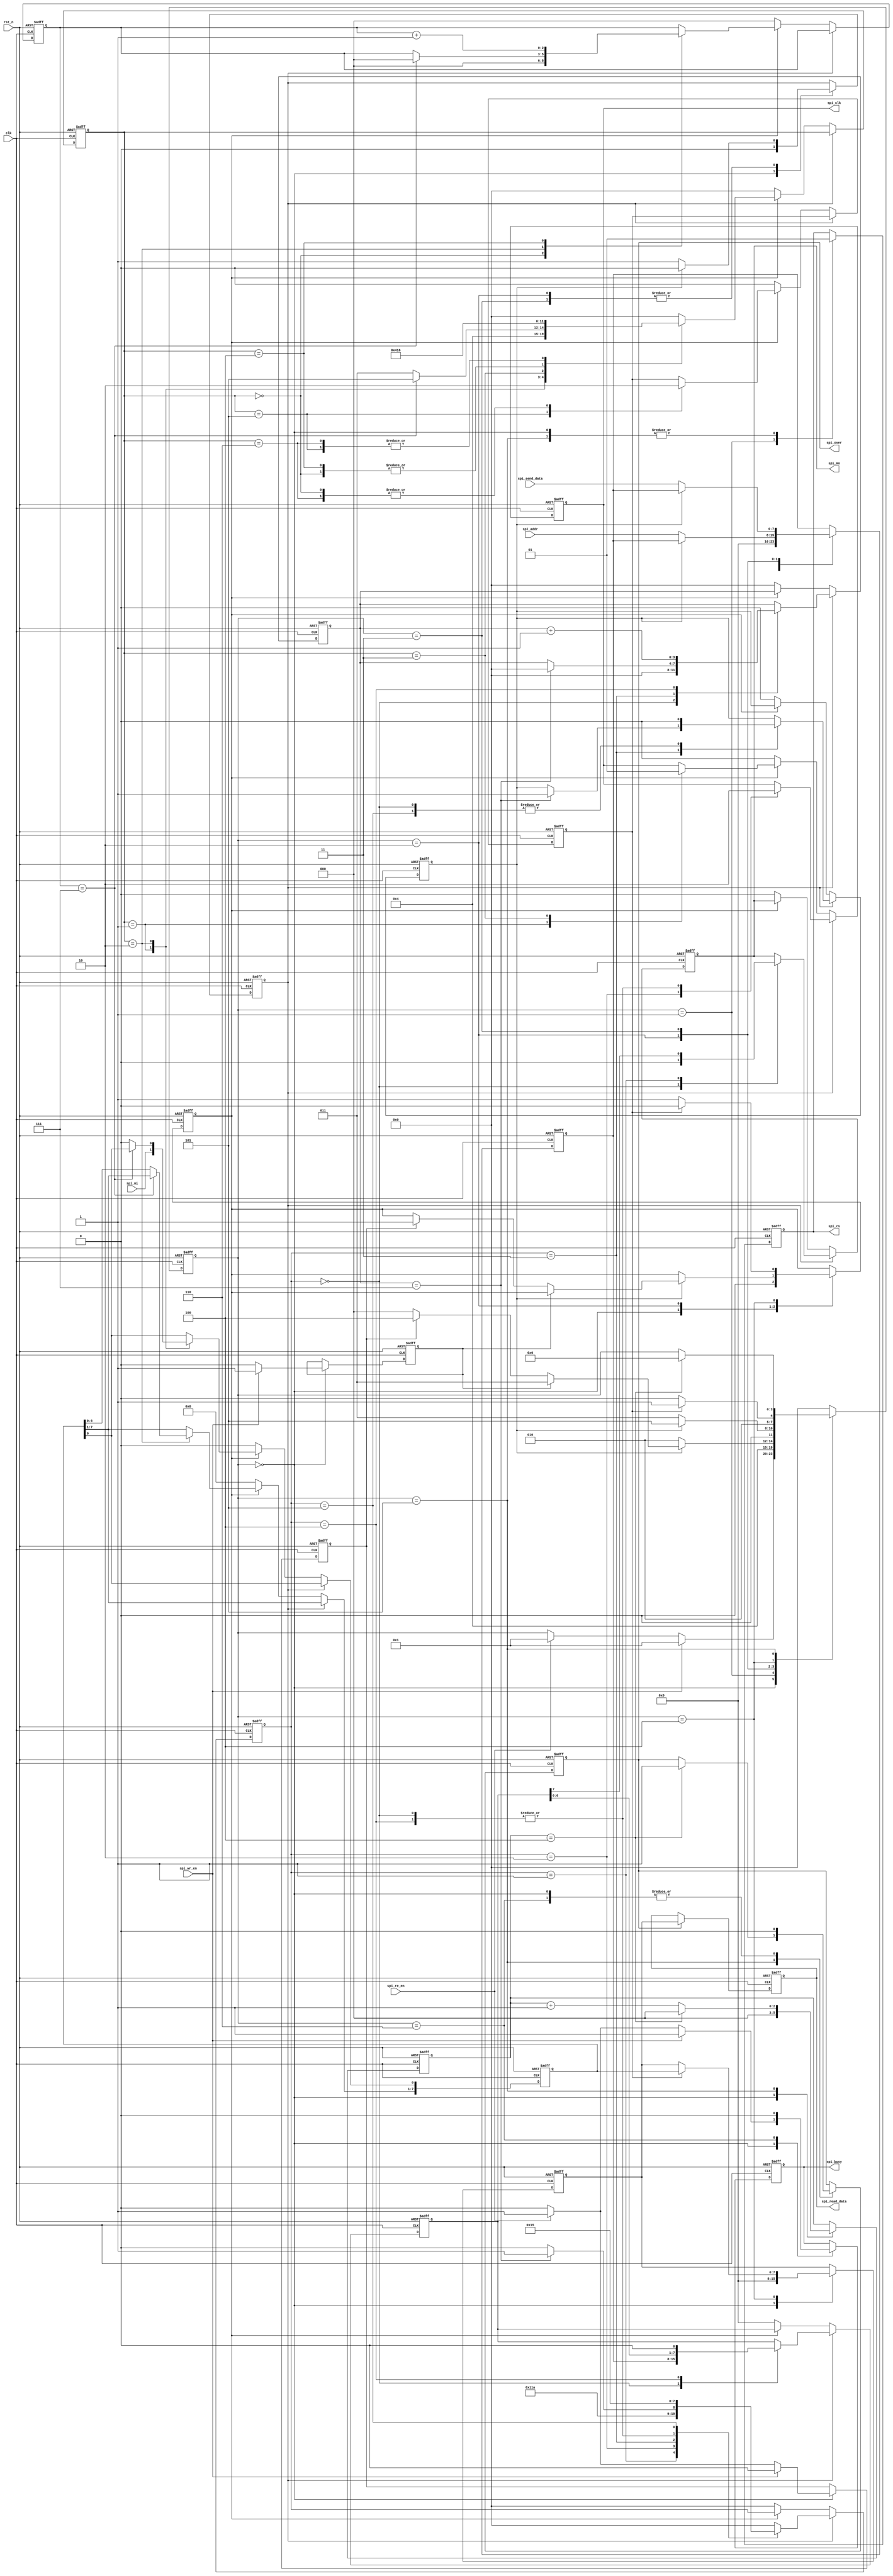
/********************************Copyright**************************************                           
    **----------------------------File information--------------------------
    ** Funtions   : SPI15
                   
    ** Operate on :M5C06N3L114C7
    ** Copyright  :All rights reserved. 
    ** Version    :V1.0
    **---------------------------Modify the file information----------------
    ** Modified by   :
    ** Modified data :        
    ** Modify Content:
    *******************************************************************************/
     

    module  spi_writeread (
                                             clk,
                                             rst_n,
                                             spi_re_en,
                                             spi_wr_en,
                                             spi_addr,
                                             spi_send_data,
                                             spi_read_data,
                                             
                                             spi_cs,
                                             spi_clk,
                                             spi_mi,
                                             spi_mo,
                                             spi_busy,
                                             spi_over                                         
                                                 );
     input          clk;
     input          rst_n;
     input          spi_re_en;    //
     input          spi_wr_en;    //
     input  [7:0]   spi_addr;     //
     input  [7:0]   spi_send_data;  //

     output         spi_cs;    //
     output         spi_clk;   //
     input          spi_mi;    //
     output         spi_mo;    //
     output   reg        spi_over;   //spi
     output   reg [7:0]  spi_read_data;  //spi
     output   reg        spi_busy;      //spi

     reg        temp_cs;
     reg        temp_scl;
     reg        temp_mo;

     assign  spi_cs = temp_cs;
     assign  spi_clk = temp_scl;
     assign  spi_mo = temp_mo;


    reg             sendbit_over;   //
    reg             resbit_over;    //
    reg    [7:0]    res_data;       //

    //**********************************************
     parameter   cnt_delay = 4;   //CS
     reg    [3:0]    state;              //
     reg    [7:0]    send_data;         //
     reg    [7:0]    read_data;          //
     reg    [2:0]    delay;             //
     reg             wr_flag;           //
     reg             re_flag;           //
     reg             send_en;
     reg             resive_en;
     
     always @(posedge clk or negedge rst_n)
     begin
        if(!rst_n)
         begin
                 temp_cs <= 1;                 
         
             state <= 4'd0;
             send_data <= 8'd0;    
             read_data <= 8'd0;
             delay <= 0;
             wr_flag <= 0;
             re_flag <= 0;
             spi_busy <= 0;
                 spi_over <= 0;
             resive_en <= 0;
             send_en <=0;
            end
        else 
            begin
                case(state)
                 4'd0:
                     begin
                             delay <= 0;
                             temp_cs <= 1;
                             send_data <= 8'd0;
                             read_data <= 8'd0;
                             wr_flag <= 0;
                             re_flag <= 0;
                             spi_busy <= 0;
                             spi_over <= 0;
                             resive_en <= 0;
                             send_en <=0;
                             if(spi_wr_en)       //
                                    begin
                                        spi_busy <=1;
                                        state <= 4'd1;
                                        wr_flag <= 1;   //
                                    end
                                else if(spi_re_en)
                                 begin
                                        spi_busy <=1; 
                                        state <= 4'd1;
                                        re_flag <= 1;  //
                                    end
                            end
                    4'd1:                     
                        begin
                             temp_cs <= 0;       //cs
                             state <= 4'd2;    
                            end
                 4'd2:                  //
                     begin        
                         if(sendbit_over)
                             begin
                                    send_en <=0; 
                                    if(wr_flag) 
                                     begin
                                        state <= 4'd3;     
                                     end
                                    else if(re_flag)
                                     begin
                                        state <= 4'd4;     
                                        resive_en <=1;      /*  */                                    
                                     end    
                                    else 
                                     begin
                                        state <= 4'd0;                                        
                                     end
                                end
                            else
                                begin
                                    send_data <= spi_addr;   //                     
                                    state <= 4'd2;    
                                    send_en <=1;      
                                end        
                     end
                4'd3:
                     begin
                             if(sendbit_over)
                             begin
                                    state <= 4'd5;     
                                    send_en <=0;  
                                end
                            else
                                begin
                                    send_data <= spi_send_data;   //                     
                                    state <= 4'd3;    
                                    send_en <=1;      
                                end         
                        end
                    4'd4:
                        begin
                            if(resbit_over)
                             begin
                                    state <= 4'd5;     
                                    resive_en <=0;
                                    read_data <= res_data; 
                                end
                            else
                                begin                                                 
                                    state <= 4'd4;    
                                    resive_en <=1;      
                                end         
                        end
                        4'd5:
                             begin
                                    temp_cs <= 1;
                                 if(delay == cnt_delay)
                                    begin
                                        state <= 4'd6;
                                        delay <= 0;
                                        spi_over <= 1; 
                                     end
                                    else 
                                        delay <= delay + 1;
                                    end
                            4'd6:
                                begin
                                    spi_over <= 0; 
                                    spi_busy <= 0;
                                    state <= 4'd0;
                                    end
                 default :  state <= 4'd0;                     
             endcase
         end
    end

    always @(posedge clk or negedge rst_n)
     begin
        if(!rst_n)
         begin
             spi_read_data <= 8'd0;
            end
        else 
            begin
                if(spi_over)
                    spi_read_data <= read_data;
                else 
                    spi_read_data <= spi_read_data;
            end
        end                 
     

    //********************************
    reg    [3:0]   send_state;
    reg    [7:0]   shift_data;
    reg    [3:0]   send_num;

    reg    [3:0]    resive_state;
    reg    [2:0]    res_num;


    always @(posedge clk or negedge rst_n)
     begin
        if(!rst_n)
         begin
                temp_scl <= 0;             //0
                temp_mo  <= 0;
                
                shift_data <= 0;
                send_num <= 0;

                send_state<= 0;
                sendbit_over <= 0;
                
                resive_state <= 0;
                res_data <= 8'd0;
                res_num <= 0;
                resbit_over <= 0;
                
            end
        else if(send_en)
            begin
             case(send_state)
                4'd0:
                     begin    
                             temp_scl <= 0;
                             temp_mo <= 0;
                             send_num <= 4'd0;
                             shift_data <= send_data; 
                             send_state <= 4'd1;
                             sendbit_over <= 0;
                            end
                4'd1:
                     begin
                        temp_mo <=  shift_data[7] ;    /*  */          
                        send_state <= 4'd2;                              
                    end
                4'd2:
                    begin
                        temp_scl <= 1;                                 
                        send_state <= 4'd3;    
                    end
                4'd3:
                     begin
                            if(send_num == 4'd7)
                                begin
                                    send_state <= 4'd5;
                                    sendbit_over <= 1; 
                                    send_num <= 4'd0;
                                end
                            else
                                begin
                                    send_state <= 4'd4;  
                                end                         
                        end
                4'd4:
                    begin
                        temp_scl <= 0;
                        shift_data <= shift_data << 1;
                        send_num <= send_num + 1;    
                        send_state <= 4'd1; 
                     end

                4'd5:
                         begin
                             send_state <= 4'd5;  
                             sendbit_over <= 0;
                            end
                default: send_state <= 4'd0;
             endcase           
            end
        else if(resive_en)
                begin
                    case(resive_state)
                        'd0:
                            begin                           
                                 resive_state <= 4'd1;
                                 res_num <= 0;                        
                                 resbit_over <= 0;
                                end
                        'd1: 
                             begin
                                 temp_scl <= 0;        
                                 res_data[0] <= spi_mi;      /*  */
                                 resive_state <= 4'd2;                                                                       
                                end
                        'd2: 
                             begin
                                if(res_num == 4'd7)    
                                    begin
                                        resive_state <= 4'd5;    
                                        res_num <= 4'd0;
                                    end
                                else
                                 begin
                                    res_data <= res_data << 1;
                                    resive_state <= 4'd3;    
                                 end                                                                       
                                end        
                        'd3:
                            begin
                                    temp_scl <= 1;
                                    resive_state <= 4'd4;                                 
                            end
                        'd4:
                            begin
                                res_num <= res_num + 1;
                                resive_state <= 4'd1;    
                                end
                        'd5:
                            begin
                                 resbit_over <= 1;    
                                 resive_state <= 4'd6;    
                                end
                        'd6:
                            begin
                                resbit_over <= 0;    
                                resive_state <= 4'd6;        
                            end
                    default: resive_state <= 4'd0;    
                endcase
            end    
        else 
                begin                    
                    temp_scl <= 0;
                    temp_mo <= 0;
                    
                    shift_data <= 0;
                    send_num <= 0;
                    sendbit_over <= 0;    
                    send_state<= 0;
                    
                    resive_state <= 4'd0;
                    res_data <= 8'd0;
                    res_num <= 0;
                    resbit_over <= 0;        
             end
     end

    endmodule